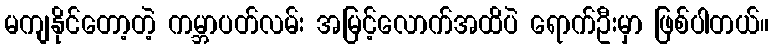
မကျနိုင်တော့တဲ့ ကမ္ဘာပတ်လမ်း အမြင့်လောက်အထိပဲ ရောက်ဦးမှာ ဖြစ်ပါတယ်။